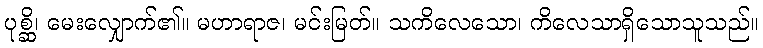
ပုစ္ဆိ၊ မေးလျှောက်၏။ မဟာရာဇ၊ မင်းမြတ်။ သကိလေသော၊ ကိလေသာရှိသောသူသည်။